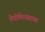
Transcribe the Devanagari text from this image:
नेपोलियनसारख्या